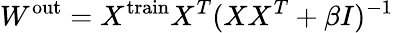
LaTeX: W^{\mathrm{out}}=X^{\mathrm{train}}X^{T}(XX^{T}+\beta I)^{-1}